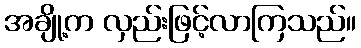
အချို့က လှည်းဖြင့်လာကြသည်။